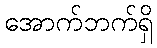
အောက်ဘက်ရှိ